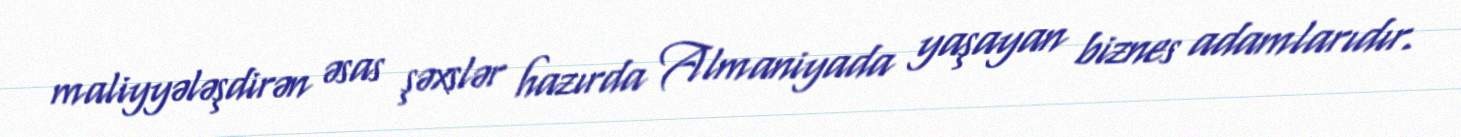
maliyyələşdirən əsas şəxslər hazırda Almaniyada yaşayan biznes adamlarıdır.